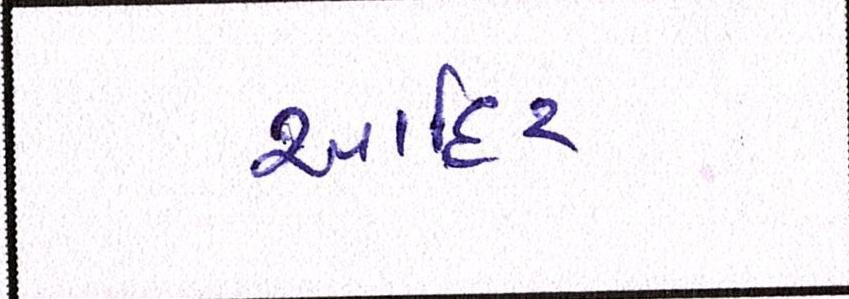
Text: આહિર